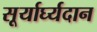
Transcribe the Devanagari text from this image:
सूर्यार्घ्यदान